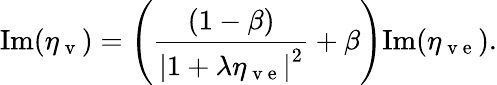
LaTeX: \mathrm{Im}(\eta_{\mathrm{~v~}})=\left(\frac{(1-\beta)}{\left|1+\lambda\eta_{\mathrm{~v~e~}}\right|^{2}}+\beta\right)\mathrm{Im}(\eta_{\mathrm{~v~e~}}).